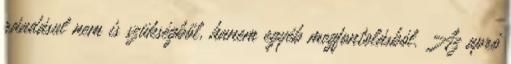
ráadásul nem is szükségből, hanem egyéb megfontolásból. Az apró